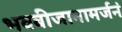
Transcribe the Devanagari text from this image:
भवबीजानामर्जनं